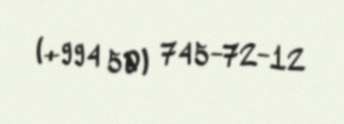
(+994 50) 745-72-12